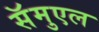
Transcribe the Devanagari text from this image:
सॅमुएल